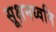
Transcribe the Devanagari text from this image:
सूक्षमध्वनि